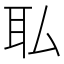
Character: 𫟉